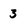
Character: 3